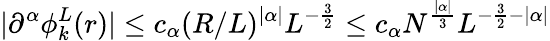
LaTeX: |\partial^{\alpha}\phi_{k}^{L}(r)|\leq c_{\alpha}(R/L)^{|\alpha|}L^{-\frac 32}\leq c_{\alpha}N^{\frac{|\alpha|}{3}}L^{-\frac 32-|\alpha|}